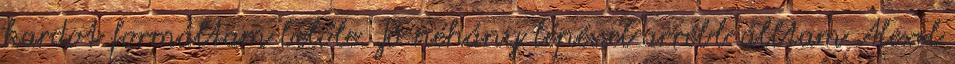
kardot formáltam belőle. Jó néhány lépéssel arrébb álltam Alexel